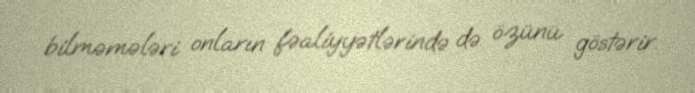
bilməmələri onların fəaliyyətlərində də özünü göstərir.